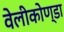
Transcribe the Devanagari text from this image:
वेलीकोण्डा